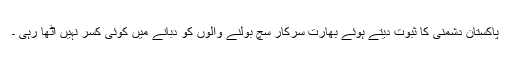
پاکستان دشمنی کا ثبوت دیتے ہوئے بھارت سرکار سچ بولنے والوں کو دبانے میں کوئی کسر نہیں اٹھا رہی ۔